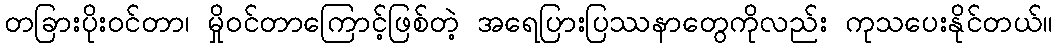
တခြားပိုးဝင်တာ၊ မှိုဝင်တာကြောင့်ဖြစ်တဲ့ အရေပြားပြဿနာတွေကိုလည်း ကုသပေးနိုင်တယ်။